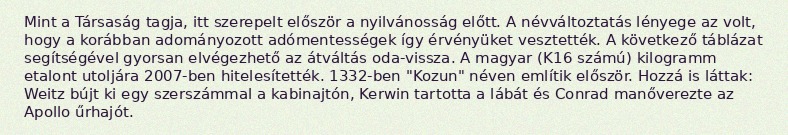
Mint a Társaság tagja, itt szerepelt először a nyilvánosság előtt. A névváltoztatás lényege az volt, hogy a korábban adományozott adómentességek így érvényüket vesztették. A következő táblázat segítségével gyorsan elvégezhető az átváltás oda-vissza. A magyar (K16 számú) kilogramm etalont utoljára 2007-ben hitelesítették. 1332-ben "Kozun" néven említik először. Hozzá is láttak: Weitz bújt ki egy szerszámmal a kabinajtón, Kerwin tartotta a lábát és Conrad manőverezte az Apollo űrhajót.